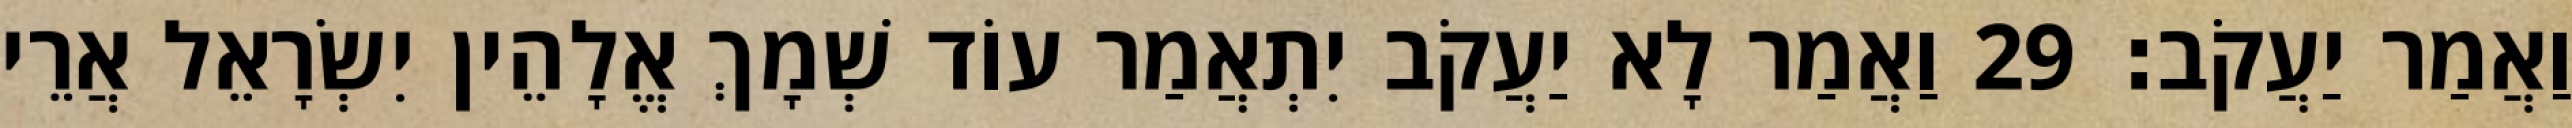
וַאֲמַר יַעֲקֹב׃ 29 וַאֲמַר לָא יַעֲקֹב יִתְאֲמַר עוֹד שְׁמָךְ אֱלָהֵין יִשְׂרָאֵל אֲרֵי